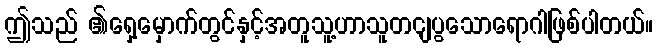
ဤသည် ၏ရှေ့မှောက်တွင်နှင့်အတူသူ့ဟာသူတငျပွသောရောဂါဖြစ်ပါတယ်။